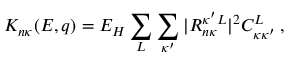
K _ { n \kappa } { ( E , q ) } = E _ { H } \sum _ { L } \sum _ { \kappa ^ { \prime } } | R _ { n \kappa } ^ { \kappa ^ { \prime } L } | ^ { 2 } C _ { \kappa \kappa ^ { \prime } } ^ { L } \, ,